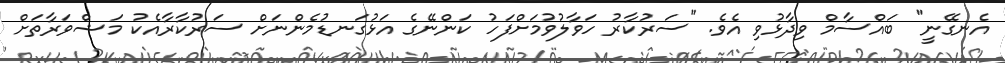
އެނގޭނީ" ބައްސާމް ވިދާޅުވި އެވެ. "ސަރުކާރު ހަވާލުވުމަށްފަހު ކަންނޭގެ އަޅުގަނޑުމެންނަށް ސަރުކާރާއެކު މަޝްވަރާތަށް